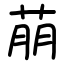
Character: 萠